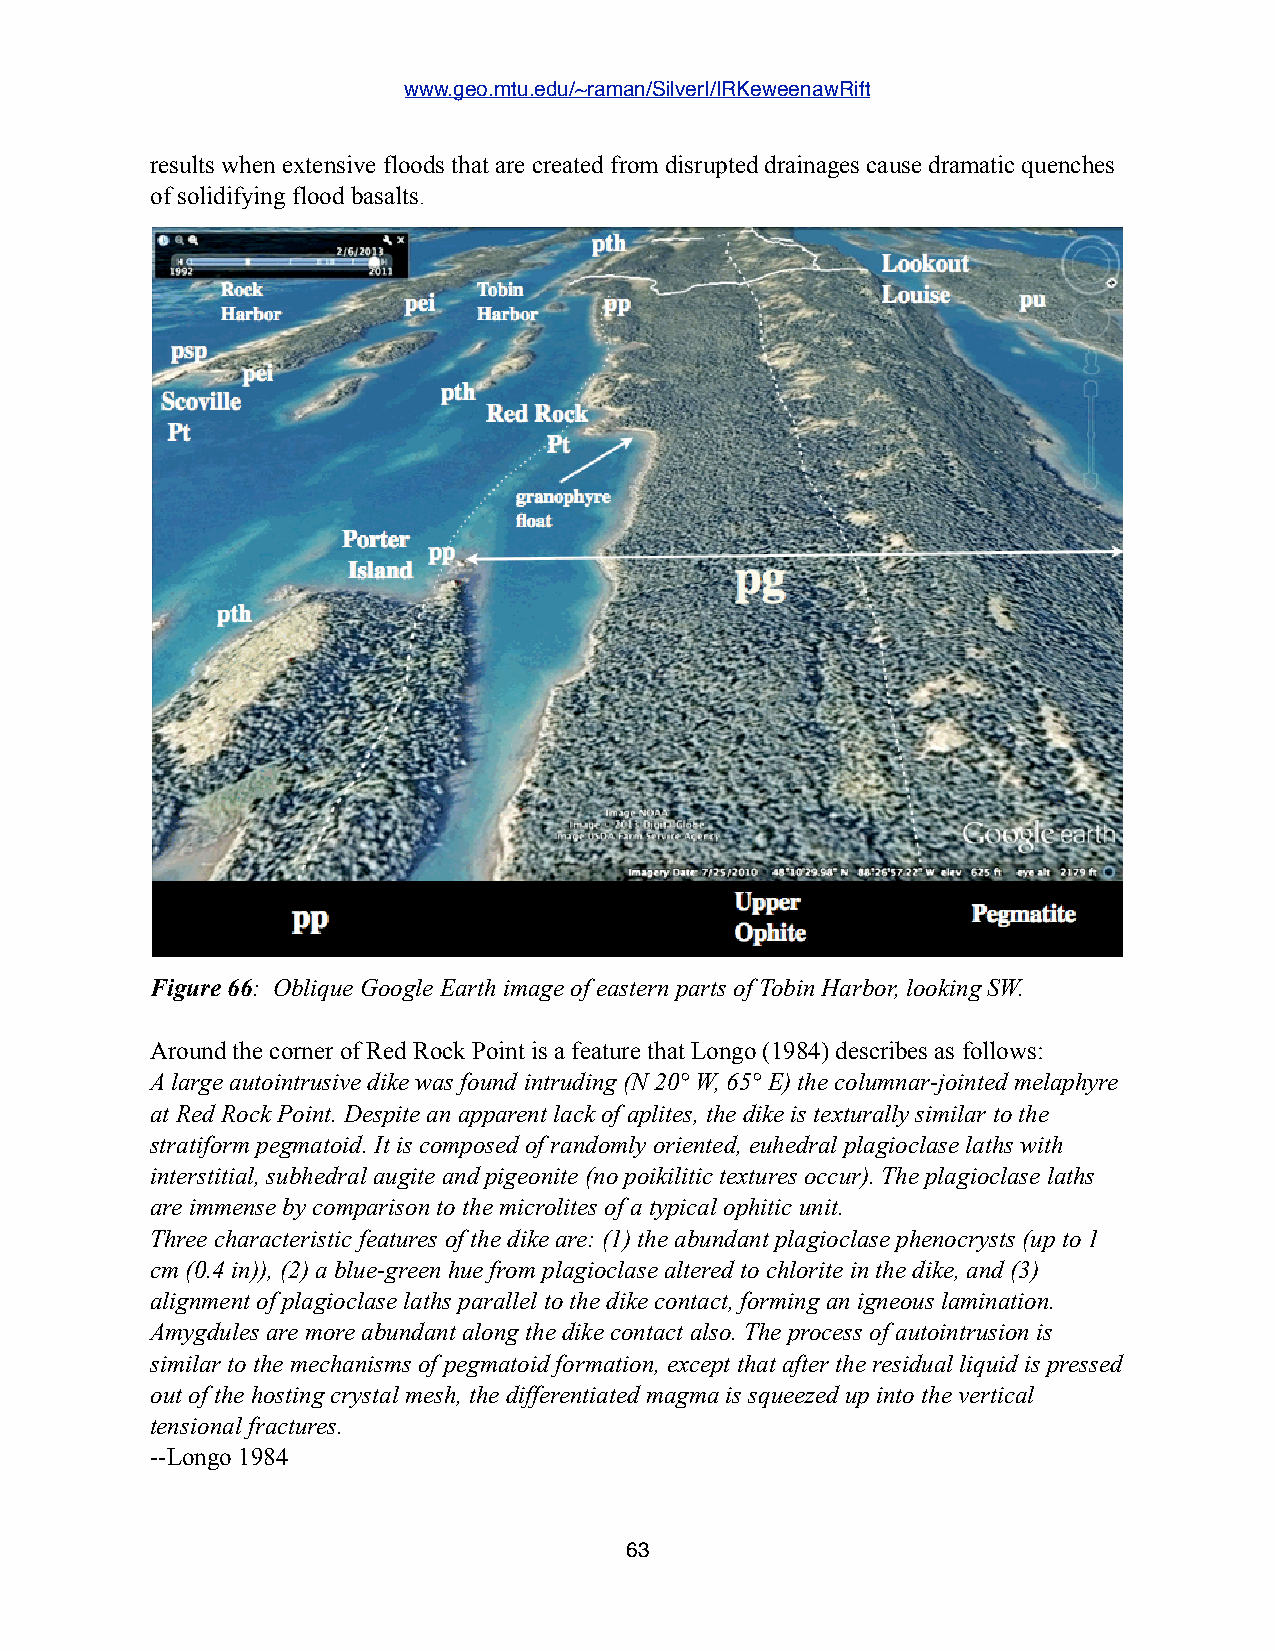
www.geo.mtu.edu/~raman/SilverI/IRKeweenawRift
 results when extensive floods that are created from disrupted drainages cause dramatic quenches
 of solidifying flood basalts.
 Figure 66: Oblique Google Earth image of eastern parts of Tobin Harbor, looking SW.
 Around the corner of Red Rock Point is a feature that Longo (1984) describes as follows:
 A large autointrusive dike was found intruding (N 20° W, 65° E) the columnar-jointed melaphyre
 at Red Rock Point. Despite an apparent lack of aplites, the dike is texturally similar to the
 stratiform pegmatoid. It is composed of randomly oriented, euhedral plagioclase laths with
 interstitial, subhedral augite and pigeonite (no poikilitic textures occur). The plagioclase laths
 are immense by comparison to the microlites of a typical ophitic unit.
 Three characteristic features of the dike are: (1) the abundant plagioclase phenocrysts (up to 1
 cm (0.4 in)), (2) a blue-green hue from plagioclase altered to chlorite in the dike, and (3)
 alignment of plagioclase laths parallel to the dike contact, forming an igneous lamination.
 Amygdules are more abundant along the dike contact also. The process of autointrusion is
 similar to the mechanisms of pegmatoid formation, except that after the residual liquid is pressed
 out of the hosting crystal mesh, the differentiated magma is squeezed up into the vertical
 tensional fractures.
 --Longo 1984
 63